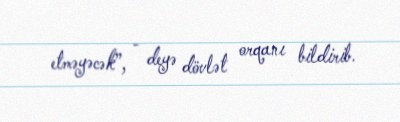
etməyəcək”, - deyə dövlət orqanı bildirib.